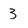
Character: 3